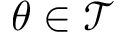
\theta \in \mathcal T